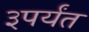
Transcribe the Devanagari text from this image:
३पर्यंत